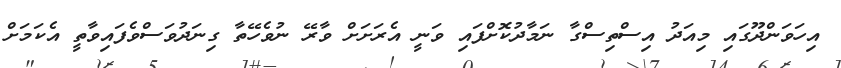
އިހަވަންދޫގައި މިއަދު އިސްތިސްގާ ނަމާދުކޮށްފައި ވަނީ އެރަށަށް ވާރޭ ނުވެހޭތާ ގިނަދުވަސްވެފައިވާތީ އެކަމަށް